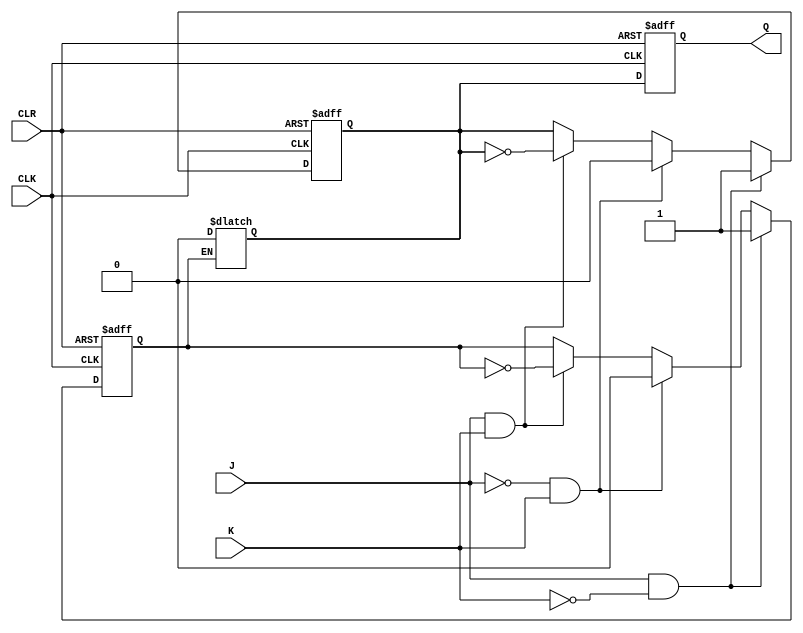
module JK_ff (
  input wire J,
  input wire K,
  input wire CLK,
  input wire CLR,
  output reg Q
);

reg D1, D2;

// Logic to determine D input for first D flip-flop
always @ (posedge CLK or negedge CLR)
begin
  if (CLR == 0)
    D1 <= 0;
  else if (J == 1 && K == 0)
    D1 <= 1;
  else if (J == 0 && K == 1)
    D1 <= 0;
  else if (J == 1 && K == 1)
    D1 <= ~D1;
end

// Logic to determine D input for second D flip-flop
always @ (posedge CLK or negedge CLR)
begin
  if (CLR == 0)
    D2 <= 0;
  else if (J == 1 && K == 0)
    D2 <= 1;
  else if (J == 0 && K == 1)
    D2 <= 0;
  else if (J == 1 && K == 1)
    D2 <= ~D2;
end

// Multiplexer to select input for second D flip-flop
always @ (D1, D2)
begin
  if (D1 == 1)
    D2 <= 0;
end

// JK flip-flop functionality
always @(posedge CLK or negedge CLR)
begin
  if (CLR == 0)
    Q <= 0;
  else
    Q <= D2;
end

endmodule